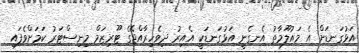
އަޅުގަނޑަށް އެ މައުލޫމާތު އެނގެނީ އަޅުގަނޑަކީ އެއިރު ދިވެހިރާއްޖޭގެ ޓޫރިޒަމް މިނިސްޓަރު ކަމަށްވެފައި